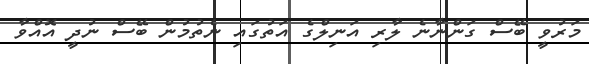
މަރުވީ ބޭސް ގަންނާނެ ލާާރި އަނިލްގެ އަތުގައި ނެތުމުން ބޭސް ނުދީ އޮއްވާ